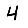
Digit: 4